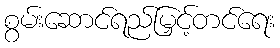
စွမ်းဆောင်ရည်မြှင့်တင်ရေး